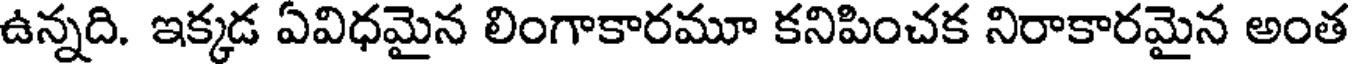
ఉన్నది. ఇక్కడ ఏవిధమైన లింగాకారమూ కనిపించక నిరాకారమైన అంత